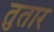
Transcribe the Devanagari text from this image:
तुतार